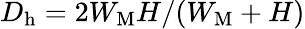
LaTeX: D_{\mathrm{h}}=2W_{\mathrm{M}}H/(W_{\mathrm{M}}+H)